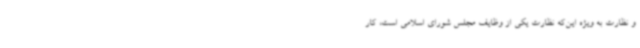
و نظارت به ویژه این‌که نظارت یکی از وظایف مجلس شورای اسلامی است، کار